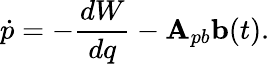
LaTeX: \dot{p}=-\frac{dW}{dq}-\mathbf{A}_{pb}\mathbf{b}(t).